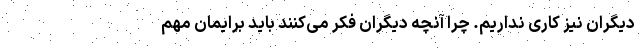
دیگران نیز کاری نداریم. چرا آنچه دیگران فکر می‌کنند باید برایمان مهم